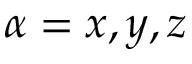
\alpha = x , y , z